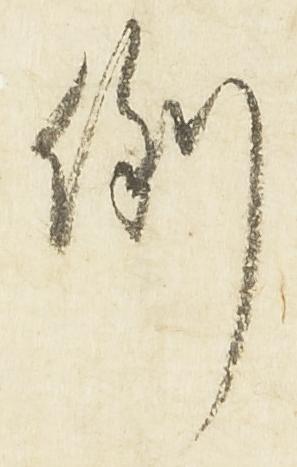
例